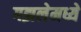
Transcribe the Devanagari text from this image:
गझलेमध्ये